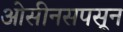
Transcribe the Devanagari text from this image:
ओसीनसपसून